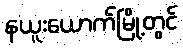
နယူးယောက်မြို့တွင်